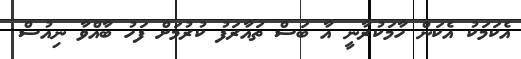
އެކަމަކު އެކަން ހާމަކުރާނީ އާ ބަސް ތައާރަފު ކުރުމަށް ފަހު ބާއްވާ ނިއުސް